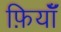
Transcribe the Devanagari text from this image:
फ़ियॉँ